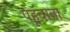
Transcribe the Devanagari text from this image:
पहूॅचाना